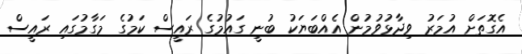
އެގޮތަށް އުމަރު ވިދާޅުވުމުން އެއްބަޔަކު ބުނީ ގައުމުގެ ރައީސް ކަމުގެ މަގާމުގަައި ރައީސް